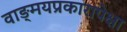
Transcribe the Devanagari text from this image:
वाङ्‌मयप्रकारापेक्षा